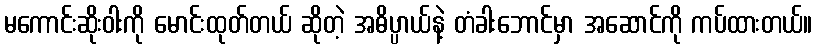
မကောင်းဆိုးဝါးကို မောင်းထုတ်တယ် ဆိုတဲ့ အဓိပ္ပာယ်နဲ့ တံခါးဘောင်မှာ အဆောင်ကို ကပ်ထားတယ်။